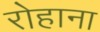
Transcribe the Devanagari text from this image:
रोहाना